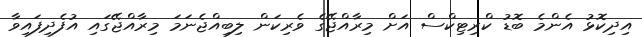
އިދިކޮޅު އެންމެ ބޮޑު ކްރިޓިކްސް އަށް މިރާއްޖޭގެ ވެރިކަން ލިބިއްޖެނަމަ މިރާއްޖޭގައި އުފެދިފައިވާ